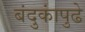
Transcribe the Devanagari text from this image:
बंदुकांपुढे